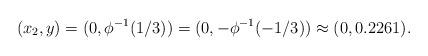
LaTeX: \begin{align*} (x_2,y)&=(0,\phi^{-1}(1/3))=(0,-\phi^{-1}(-1/3)) \approx (0,0.2261). \end{align*}